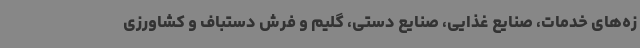
زه‌های خدمات، صنایع غذایی، صنایع ‌دستی، گلیم و فرش دستباف و کشاورزی